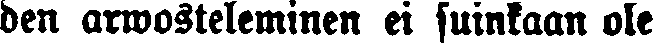
den arwosteleminen ei suinkaan ole